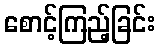
စောင့်ကြည့်ခြင်း